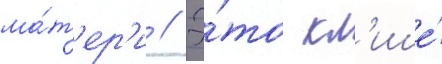
ма́т'ер'и // Э́то кл'ише́